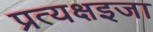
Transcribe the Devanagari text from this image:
प्रत्यक्षइजा